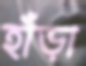
হাঁড়া